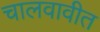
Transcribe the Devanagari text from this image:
चालवावीत